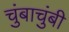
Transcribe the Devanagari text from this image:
चुंबाचुंबी